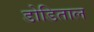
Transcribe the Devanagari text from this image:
डोडिताल